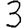
Digit: 3